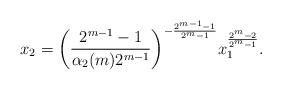
LaTeX: \begin{align*}x_2=\bigg(\frac{2^{m-1}-1}{\alpha_2(m)2^{m-1}}\bigg)^{-\frac{2^{m-1}-1}{2^m-1}}x_1^{\frac{2^m-2}{2^m-1}}.\end{align*}